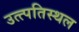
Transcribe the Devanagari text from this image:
उत्त्पतिस्थल